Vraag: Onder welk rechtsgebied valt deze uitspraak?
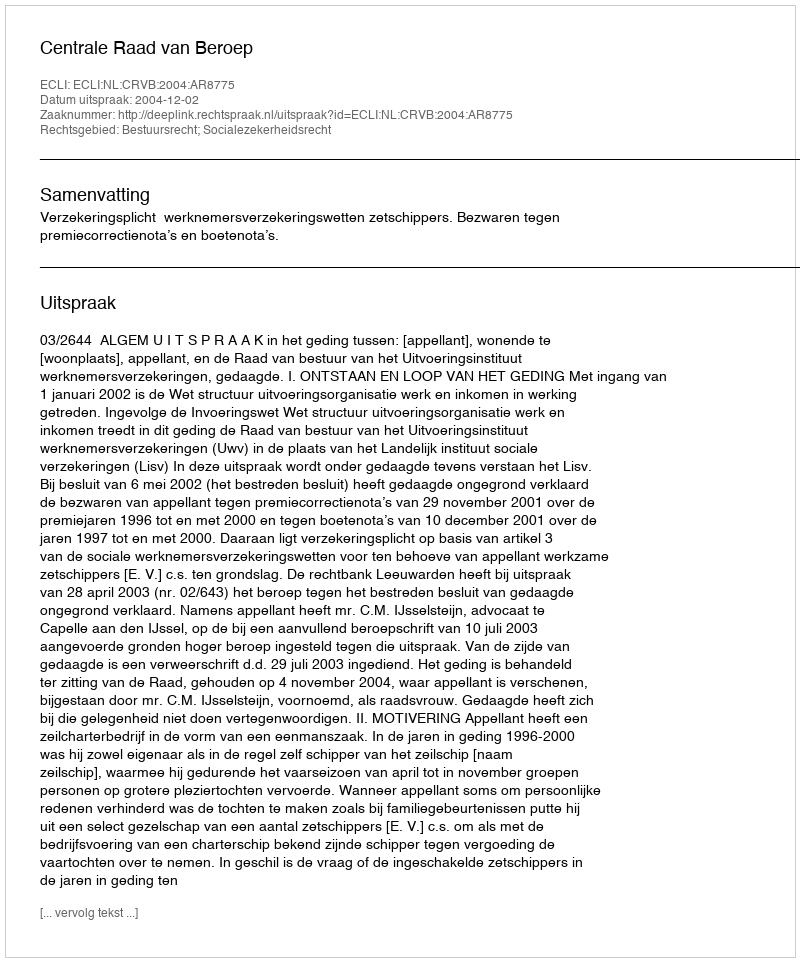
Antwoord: Bestuursrecht; Socialezekerheidsrecht